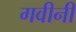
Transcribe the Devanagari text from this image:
गवीनी